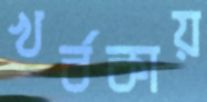
খর্বকায়